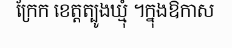
ក្រែក ខេត្តត្បូងឃ្មុំ ។ក្នុងឱកាស